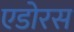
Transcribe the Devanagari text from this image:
एडोरस